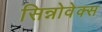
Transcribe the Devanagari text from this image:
सिन्नोवेक्स